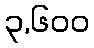
၃,၆၀၀